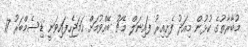
މުބާރާތުގެ ކުޅުން މިއަދު ފެށިއިރު ފައިނަލް މެޗު ބޭއްވުމަށް ހަމަޖެހިފައިވަނީ ޑިސެމްބަރު 17